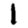
Digit: 1